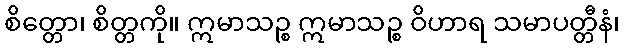
စိတ္တော၊ စိတ္တကို။ ဣမာသဉ္စ ဣမာသဉ္စ ဝိဟာရ သမာပတ္တီနံ၊